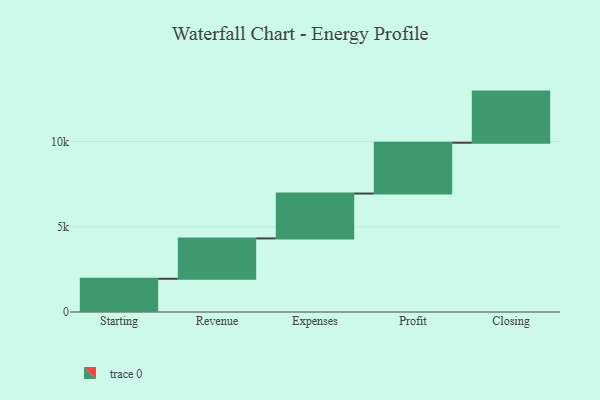
{"axis": {"x": "Step", "y": "Value"}, "legend": [""], "data": [{"x": "Starting", "y": 1949.0, "type": ""}, {"x": "Revenue", "y": 2366.0, "type": ""}, {"x": "Expenses", "y": 2634.0, "type": ""}, {"x": "Profit", "y": 2980.0, "type": ""}, {"x": "Closing", "y": 3000, "type": ""}]}